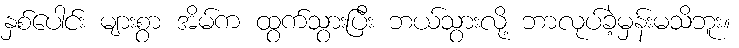
နှစ်ပေါင်း များစွာ အိမ်က ထွက်သွားပြီး ဘယ်သွားလို့ ဘာလုပ်ခဲ့မှန်းမသိဘူး။